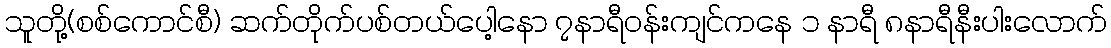
သူတို့(စစ်ကောင်စီ) ဆက်တိုက်ပစ်တယ်ပေါ့နော ၇နာရီဝန်းကျင်ကနေ ၁ နာရီ ၈နာရီနီးပါးလောက်